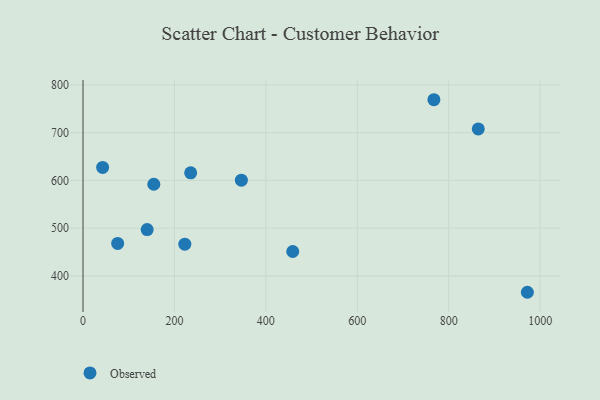
{"axis": {"x": "Distance", "y": "Sales"}, "legend": ["Observed"], "data": [{"x": "222.7", "y": 466.4, "type": "Observed"}, {"x": "767.6", "y": 768.9, "type": "Observed"}, {"x": "235.5", "y": 615.8, "type": "Observed"}, {"x": "42.9", "y": 627.2, "type": "Observed"}, {"x": "346.4", "y": 600.5, "type": "Observed"}, {"x": "864.7", "y": 707.8, "type": "Observed"}, {"x": "154.9", "y": 592.0, "type": "Observed"}, {"x": "140.3", "y": 497.0, "type": "Observed"}, {"x": "75.8", "y": 468.1, "type": "Observed"}, {"x": "972.1", "y": 365.8, "type": "Observed"}, {"x": "458.8", "y": 451.2, "type": "Observed"}]}